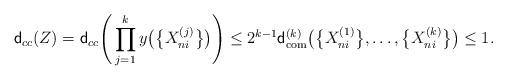
LaTeX: \begin{align*}\mathsf{d}_{cc}(Z)=\mathsf{d}_{cc}\Bigg(\prod_{j=1}^ky\big(\bigl\{X_{ni}^{(j)}\bigr\}\big)\Bigg)\leq 2^{k-1}\mathsf{d}_{\mathrm{com}}^{(k)}\big(\bigl\{X_{ni}^{(1)}\bigr\}, \dots,\bigl\{X_{ni}^{(k)}\bigr\}\big)\leq 1.\end{align*}